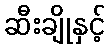
ဆီးချိုနှင့်